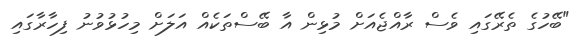
"ބޭހުގެ ތެރޭގައި ވެސް ރާއްޖެއަށް މުޅިން އާ ބޭސްތަކެއް އަލަށް މިހުޅުވުނު ފިހާރާގައި